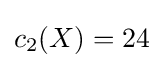
c_{2}(X)=24